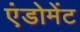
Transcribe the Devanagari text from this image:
एंडोमेंट